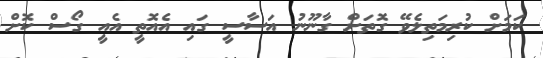
ކަމަށް ކުރިމަތިލެވޭ ގޮތަށް ގާނޫނު އަސާސީ ގައި އެއޮތީ އެއީ ގޯސް ކޮށް